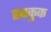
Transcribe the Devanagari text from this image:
हबकुक